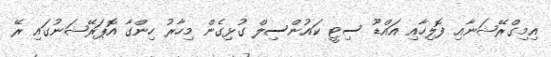
އިމިގްރޭޝަނާއި ފޮލިހާއި އައްޑޫ ސިޓީ ކައުންސިލް ގުޅިގެން މިހާރު ހިންގާ އޮޕަރޭޝަނުގައި ރޭ